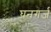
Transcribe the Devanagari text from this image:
घनगर्ज